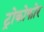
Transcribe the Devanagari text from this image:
ट्रोकोफोर